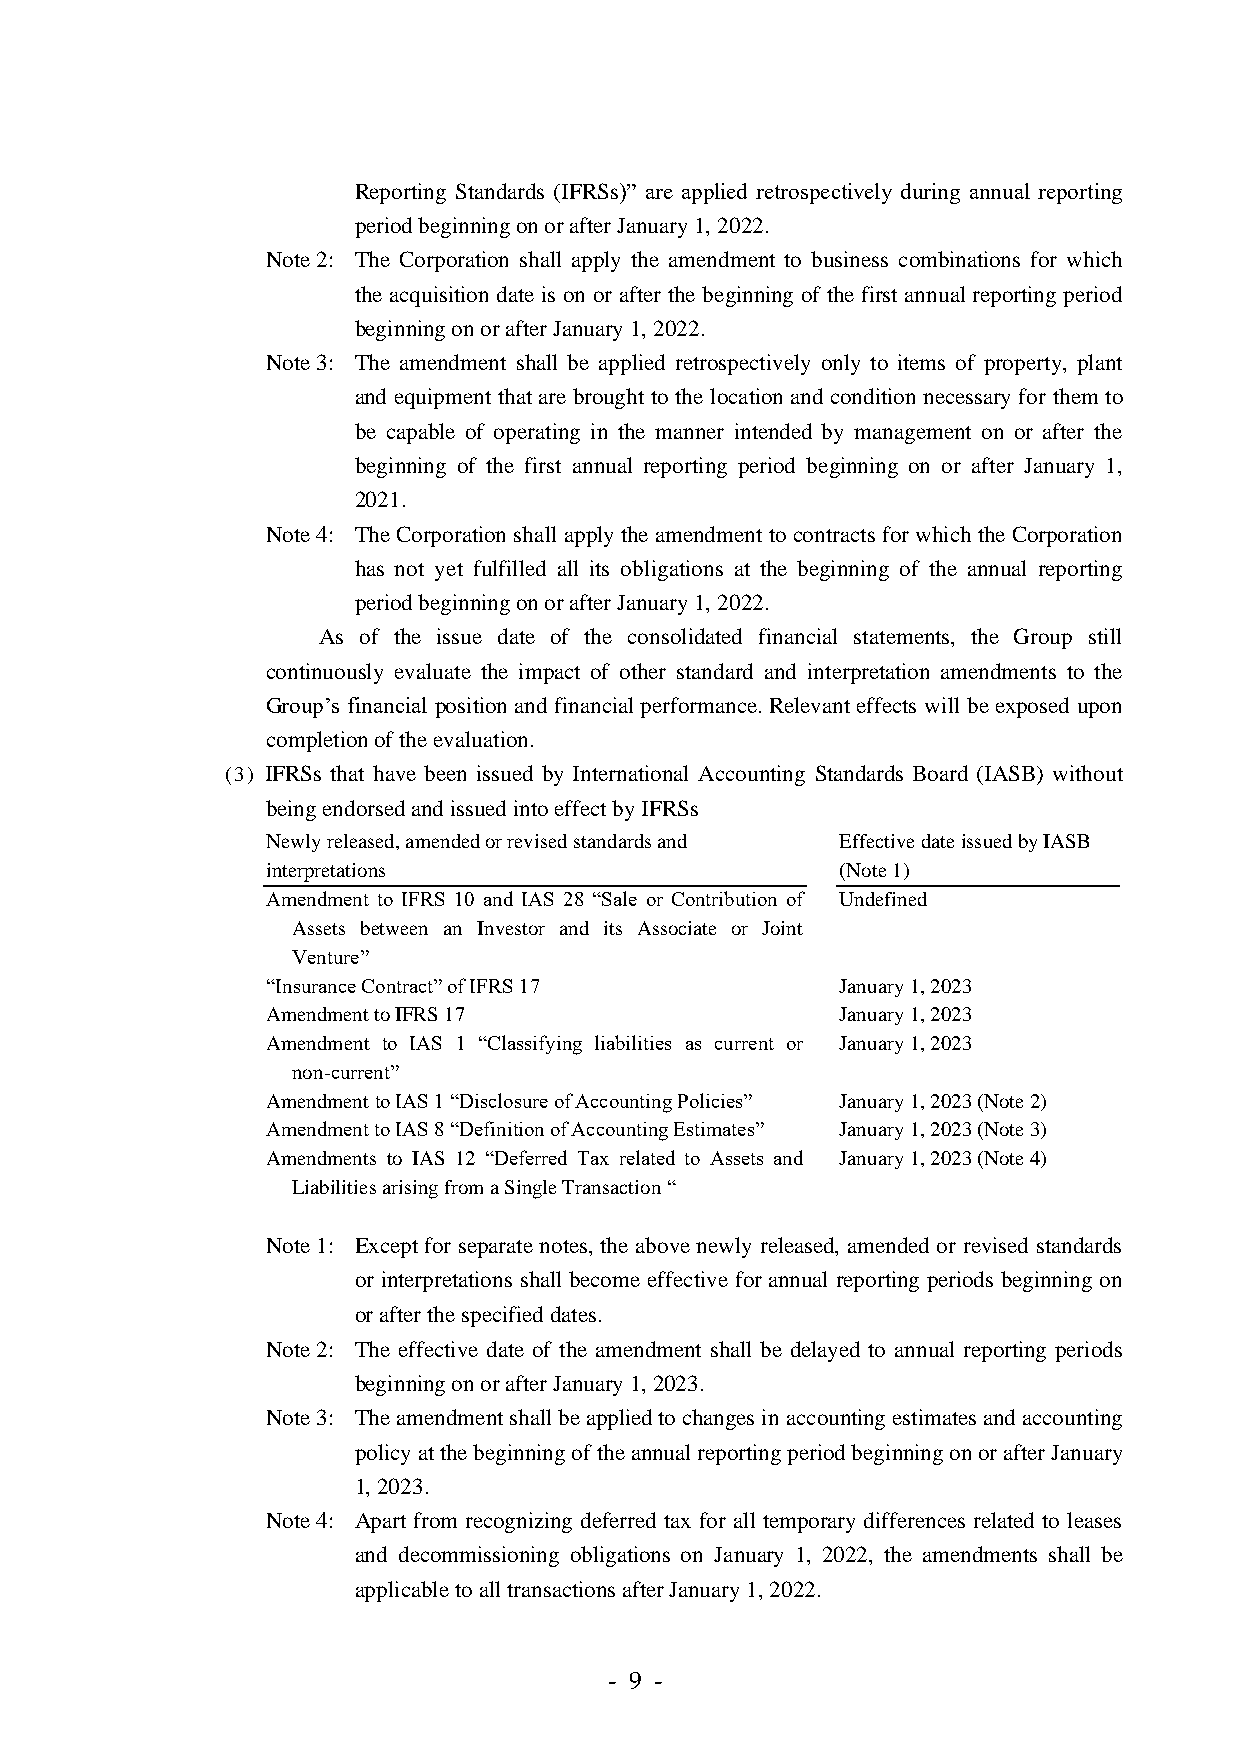
Reporting Standards (IFRSs)” are applied retrospectively during annual reporting
 period beginning on or after January 1, 2022.
 Note 2: The Corporation shall apply the amendment to business combinations for which
 the acquisition date is on or after the beginning of the first annual reporting period
 beginning on or after January 1, 2022.
 Note 3: The amendment shall be applied retrospectively only to items of property, plant
 and equipment that are brought to the location and condition necessary for them to
 be capable of operating in the manner intended by management on or after the
 beginning of the first annual reporting period beginning on or after January 1,
 2021.
 Note 4: The Corporation shall apply the amendment to contracts for which the Corporation
 has not yet fulfilled all its obligations at the beginning of the annual reporting
 period beginning on or after January 1, 2022.
 As of the issue date of the consolidated financial statements, the Group still
 continuously evaluate the impact of other standard and interpretation amendments to the
 Group’s financial position and financial performance. Relevant effects will be exposed upon
 completion of the evaluation.
 (3) IFRSs that have been issued by International Accounting Standards Board (IASB) without
 being endorsed and issued into effect by IFRSs
 Newly released, amended or revised standards and Effective date issued by IASB
 interpretations                       (Note 1)
 Amendment to IFRS 10 and IAS 28 “Sale or Contribution of Undefined
 Assets between an Investor and its Associate or Joint
 Venture”
 “Insurance Contract” of IFRS 17       January 1, 2023
 Amendment to IFRS 17                  January 1, 2023
 Amendment to IAS 1 “Classifying liabilities as current or January 1, 2023
 non-current”
 Amendment to IAS 1 “Disclosure of Accounting Policies” January 1, 2023 (Note 2)
 Amendment to IAS 8 “Definition of Accounting Estimates” January 1, 2023 (Note 3)
 Amendments to IAS 12 “Deferred Tax related to Assets and January 1, 2023 (Note 4)
 Liabilities arising from a Single Transaction “
 Note 1: Except for separate notes, the above newly released, amended or revised standards
 or interpretations shall become effective for annual reporting periods beginning on
 or after the specified dates.
 Note 2: The effective date of the amendment shall be delayed to annual reporting periods
 beginning on or after January 1, 2023.
 Note 3: The amendment shall be applied to changes in accounting estimates and accounting
 policy at the beginning of the annual reporting period beginning on or after January
 1, 2023.
 Note 4: Apart from recognizing deferred tax for all temporary differences related to leases
 and decommissioning obligations on January 1, 2022, the amendments shall be
 applicable to all transactions after January 1, 2022.
 - 9 -